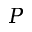
P